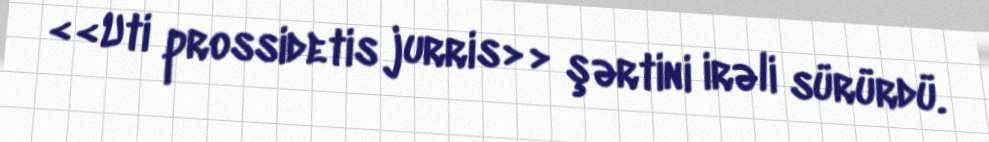
<<Uti prossidetis jurris>> şərtini irəli sürürdü.